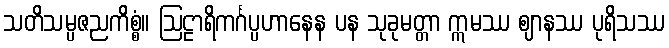
သတိသမ္ပဇညကိစ္စံ။ ဩဠာရိကင်္ဂပ္ပဟာနေန ပန သုခုမတ္တာ ဣမဿ ဈာနဿ ပုရိသဿ